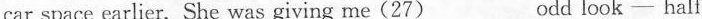
car space earlier. She was giving me(27)___odd look—half